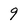
Character: 9